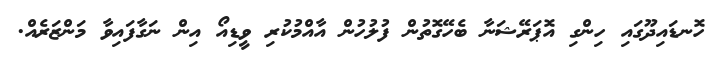
ހޮނޑައިދޫގައި ހިންގި އޮޕަރޭޝަނާ ބެހޭގޮތުން ފުލުހުން އާއްމުކުރި ވީޑިއޯ އިން ނަގާފައިވާ މަންޒަރެއް.